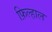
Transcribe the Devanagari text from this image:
फ़िल्हाल